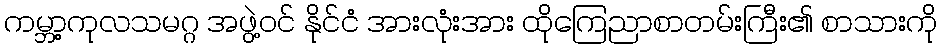
ကမ္ဘာ့ကုလသမဂ္ဂ အဖွဲ့ဝင် နိုင်ငံ အားလုံးအား ထိုကြေညာစာတမ်းကြီး၏ စာသားကို